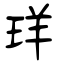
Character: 珜